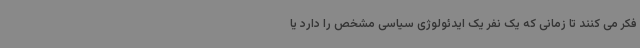
فکر می کنند تا زمانی که یک نفر یک ایدئولوژی سیاسی مشخص را دارد یا